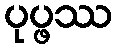
ပုပ္ဖဿ